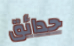
حدائق